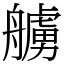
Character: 艣